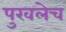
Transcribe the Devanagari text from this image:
पुरवलेच